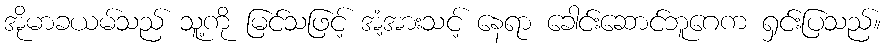
အိုမာခယမ်သည် သူ့ကို မြင်သဖြင့် အံ့အားသင့် နေရာ ခေါင်းဆောင်ဘူဂေက ရှင်းပြသည်။